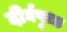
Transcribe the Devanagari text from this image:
दीर्घपुच्छ